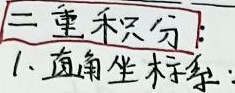
二重积分：1. 直角坐标系：